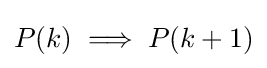
P(k)\implies P(k+1)